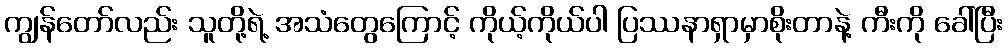
ကျွန်တော်လည်း သူတို့ရဲ့ အသံတွေကြောင့် ကိုယ့်ကိုယ်ပါ ပြဿနာရှာမှာစိုးတာနဲ့ ကီးကို ခေါ်ပြီး